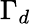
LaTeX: \Gamma_{d}